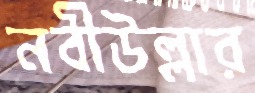
নবীউল্লার